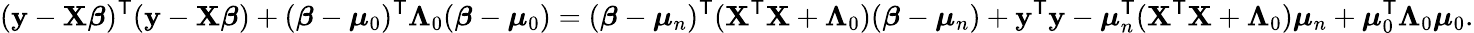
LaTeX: (\mathbf{y}-\mathbf{X}{\boldsymbol{\beta}})^{\mathsf{T}}(\mathbf{y}-\mathbf{X}{\boldsymbol{\beta}})+({\boldsymbol{\beta}}-{\boldsymbol{\mu}}_{0})^{\mathsf{T}}{\boldsymbol{\Lambda}}_{0}({\boldsymbol{\beta}}-{\boldsymbol{\mu}}_{0})=({\boldsymbol{\beta}}-{\boldsymbol{\mu}}_{n})^{\mathsf{T}}(\mathbf{X}^{\mathsf{T}}\mathbf{X}+{\boldsymbol{\Lambda}}_{0})({\boldsymbol{\beta}}-{\boldsymbol{\mu}}_{n})+\mathbf{y}^{\mathsf{T}}\mathbf{y}-{\boldsymbol{\mu}}_{n}^{\mathsf{T}}(\mathbf{X}^{\mathsf{T}}\mathbf{X}+{\boldsymbol{\Lambda}}_{0}){\boldsymbol{\mu}}_{n}+{\boldsymbol{\mu}}_{0}^{\mathsf{T}}{\boldsymbol{\Lambda}}_{0}{\boldsymbol{\mu}}_{0}.